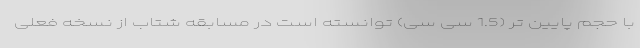
با حجم پایین تر (1.5 سی سی) توانسته است در مسابقه شتاب از نسخه فعلی